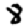
Digit: 8